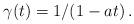
LaTeX: \begin{align*} \gamma(t) = 1 / (1 - a t) \, .\end{align*}